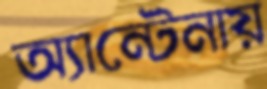
অ্যান্টেনায়